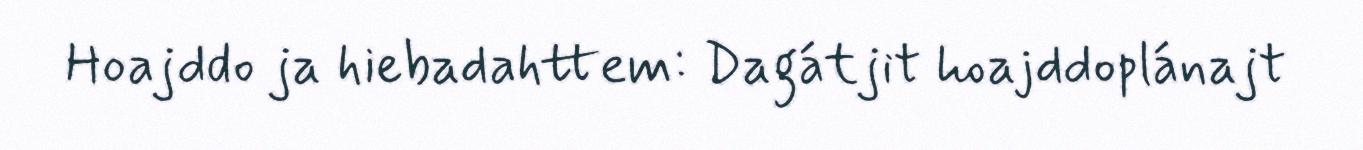
Hoajddo ja hiebadahttem: Dagátjit hoajddoplánajt